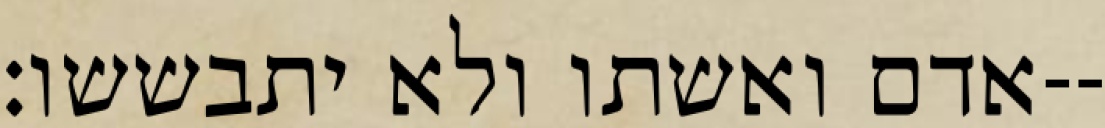
אדם ואשתו ולא יתבששו׃--